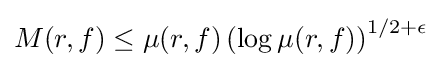
M(r,f)\leq \mu (r,f)\left(\log \mu (r,f)\right)^{1/2+\epsilon }